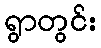
ရွာတွင်း